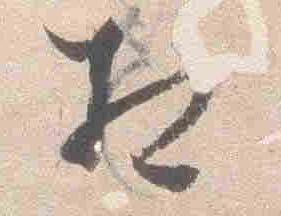
相